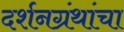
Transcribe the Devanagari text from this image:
दर्शनग्रंथांचा